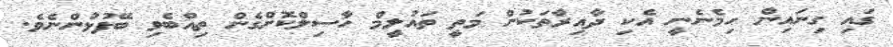
ގައި ގިނައިން ހިމެނެނީ އެކި ދާއިރާތަކުން މަތީ ތައުލީމް ހާސިލްކޮށްގެން ތިއްބެވި ބޭފުޅުންނެވެ.